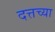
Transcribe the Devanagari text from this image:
दत्तच्या